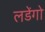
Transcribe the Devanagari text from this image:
लडेंगो